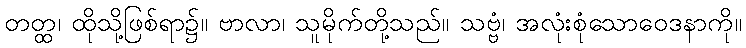
တတ္ထ၊ ထိုသို့ဖြစ်ရာ၌။ ဗာလာ၊ သူမိုက်တို့သည်။ သဗ္ဗံ၊ အလုံးစုံသောဝေဒနာကို။